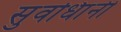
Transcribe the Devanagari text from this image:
सुवधिांनी